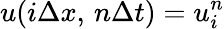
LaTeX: u(i\Delta x,\, n\Delta t)=u_{i}^{n}